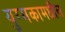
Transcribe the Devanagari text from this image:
युग्मकामधील